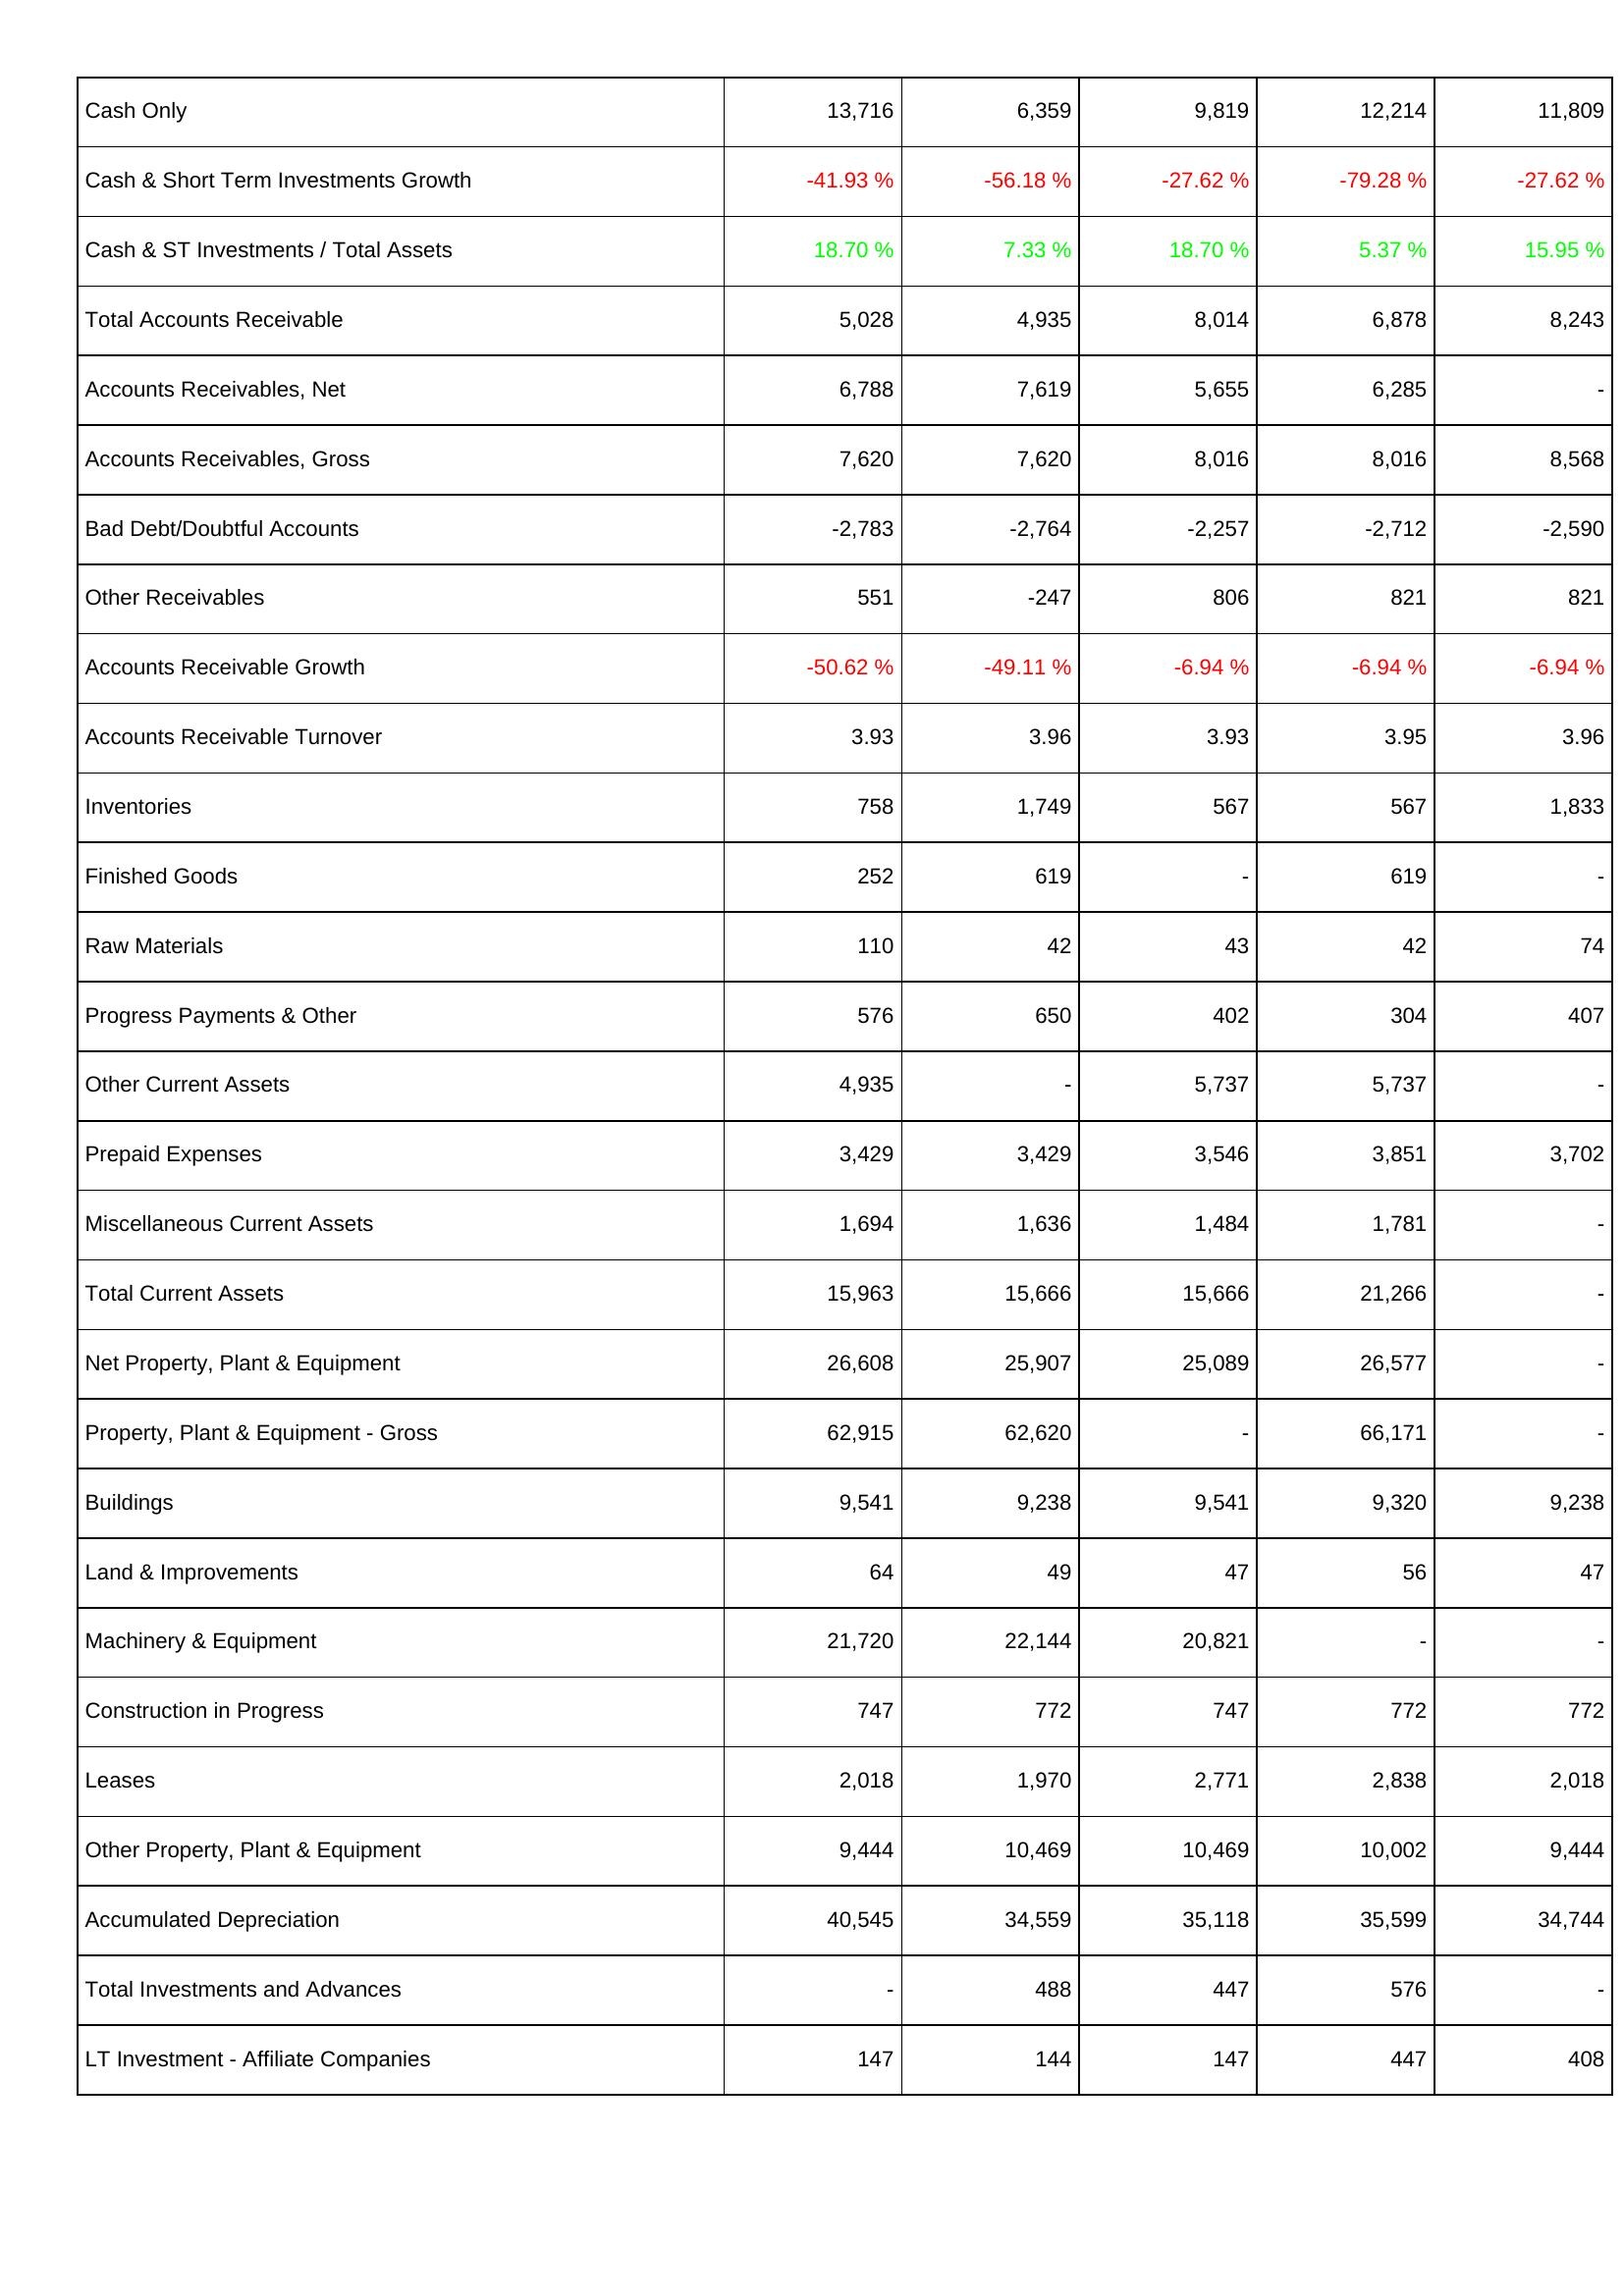
2018: Assets: Cash Only: 13,716
Cash & Short Term Investments Growth: -41.93 %
Cash & ST Investments / Total Assets: 18.70 %
Total Accounts Receivable: 5,028
Accounts Receivables, Net: 6,788
Accounts Receivables, Gross: 7,620
Bad Debt/Doubtful Accounts: -2,783
Other Receivables: 551
Accounts Receivable Growth: -50.62 %
Accounts Receivable Turnover: 3.93
Inventories: 758
Finished Goods: 252
Raw Materials: 110
Progress Payments & Other: 576
Other Current Assets: 4,935
Prepaid Expenses: 3,429
Miscellaneous Current Assets: 1,694
Total Current Assets: 15,963
Net Property, Plant & Equipment: 26,608
Property, Plant & Equipment - Gross: 62,915
Buildings: 9,541
Land & Improvements: 64
Machinery & Equipment: 21,720
Construction in Progress: 747
Leases: 2,018
Other Property, Plant & Equipment: 9,444
Accumulated Depreciation: 40,545
Total Investments and Advances: -
LT Investment - Affiliate Companies: 147
2019: Assets: Cash Only: 6,359
Cash & Short Term Investments Growth: -56.18 %
Cash & ST Investments / Total Assets: 7.33 %
Total Accounts Receivable: 4,935
Accounts Receivables, Net: 7,619
Accounts Receivables, Gross: 7,620
Bad Debt/Doubtful Accounts: -2,764
Other Receivables: -247
Accounts Receivable Growth: -49.11 %
Accounts Receivable Turnover: 3.96
Inventories: 1,749
Finished Goods: 619
Raw Materials: 42
Progress Payments & Other: 650
Other Current Assets: -
Prepaid Expenses: 3,429
Miscellaneous Current Assets: 1,636
Total Current Assets: 15,666
Net Property, Plant & Equipment: 25,907
Property, Plant & Equipment - Gross: 62,620
Buildings: 9,238
Land & Improvements: 49
Machinery & Equipment: 22,144
Construction in Progress: 772
Leases: 1,970
Other Property, Plant & Equipment: 10,469
Accumulated Depreciation: 34,559
Total Investments and Advances: 488
LT Investment - Affiliate Companies: 144
2020: Assets: Cash Only: 9,819
Cash & Short Term Investments Growth: -27.62 %
Cash & ST Investments / Total Assets: 18.70 %
Total Accounts Receivable: 8,014
Accounts Receivables, Net: 5,655
Accounts Receivables, Gross: 8,016
Bad Debt/Doubtful Accounts: -2,257
Other Receivables: 806
Accounts Receivable Growth: -6.94 %
Accounts Receivable Turnover: 3.93
Inventories: 567
Finished Goods: -
Raw Materials: 43
Progress Payments & Other: 402
Other Current Assets: 5,737
Prepaid Expenses: 3,546
Miscellaneous Current Assets: 1,484
Total Current Assets: 15,666
Net Property, Plant & Equipment: 25,089
Property, Plant & Equipment - Gross: -
Buildings: 9,541
Land & Improvements: 47
Machinery & Equipment: 20,821
Construction in Progress: 747
Leases: 2,771
Other Property, Plant & Equipment: 10,469
Accumulated Depreciation: 35,118
Total Investments and Advances: 447
LT Investment - Affiliate Companies: 147
2021: Assets: Cash Only: 12,214
Cash & Short Term Investments Growth: -79.28 %
Cash & ST Investments / Total Assets: 5.37 %
Total Accounts Receivable: 6,878
Accounts Receivables, Net: 6,285
Accounts Receivables, Gross: 8,016
Bad Debt/Doubtful Accounts: -2,712
Other Receivables: 821
Accounts Receivable Growth: -6.94 %
Accounts Receivable Turnover: 3.95
Inventories: 567
Finished Goods: 619
Raw Materials: 42
Progress Payments & Other: 304
Other Current Assets: 5,737
Prepaid Expenses: 3,851
Miscellaneous Current Assets: 1,781
Total Current Assets: 21,266
Net Property, Plant & Equipment: 26,577
Property, Plant & Equipment - Gross: 66,171
Buildings: 9,320
Land & Improvements: 56
Machinery & Equipment: -
Construction in Progress: 772
Leases: 2,838
Other Property, Plant & Equipment: 10,002
Accumulated Depreciation: 35,599
Total Investments and Advances: 576
LT Investment - Affiliate Companies: 447
2022: Assets: Cash Only: 11,809
Cash & Short Term Investments Growth: -27.62 %
Cash & ST Investments / Total Assets: 15.95 %
Total Accounts Receivable: 8,243
Accounts Receivables, Net: -
Accounts Receivables, Gross: 8,568
Bad Debt/Doubtful Accounts: -2,590
Other Receivables: 821
Accounts Receivable Growth: -6.94 %
Accounts Receivable Turnover: 3.96
Inventories: 1,833
Finished Goods: -
Raw Materials: 74
Progress Payments & Other: 407
Other Current Assets: -
Prepaid Expenses: 3,702
Miscellaneous Current Assets: -
Total Current Assets: -
Net Property, Plant & Equipment: -
Property, Plant & Equipment - Gross: -
Buildings: 9,238
Land & Improvements: 47
Machinery & Equipment: -
Construction in Progress: 772
Leases: 2,018
Other Property, Plant & Equipment: 9,444
Accumulated Depreciation: 34,744
Total Investments and Advances: -
LT Investment - Affiliate Companies: 408